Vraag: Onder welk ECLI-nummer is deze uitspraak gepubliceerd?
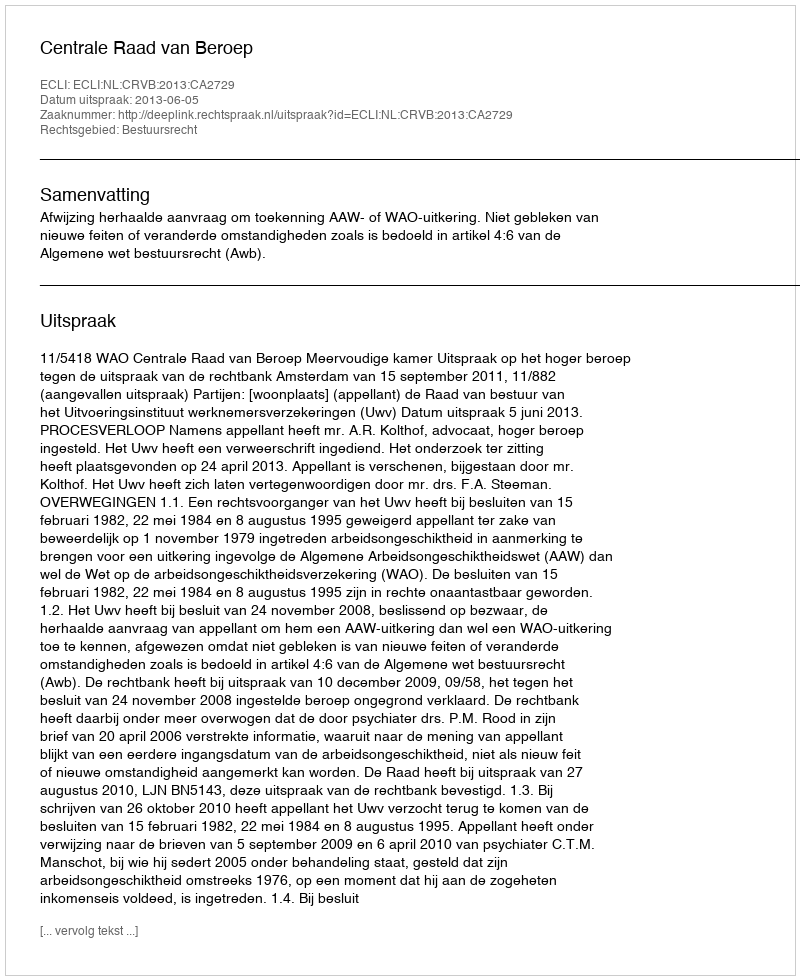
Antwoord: ECLI:NL:CRVB:2013:CA2729